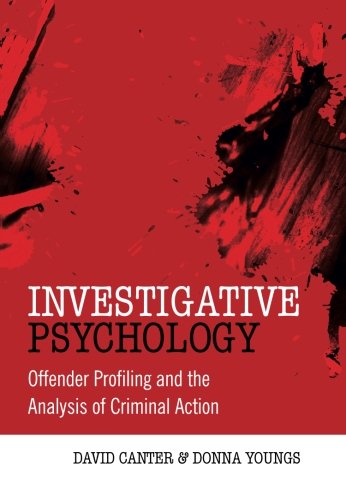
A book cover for Investigative Psychology: Offender Profiling and the Analysis of Criminal Action; David Canter; Medical Books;